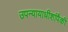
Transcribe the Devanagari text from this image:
उपन्यायाधीशांपैकी